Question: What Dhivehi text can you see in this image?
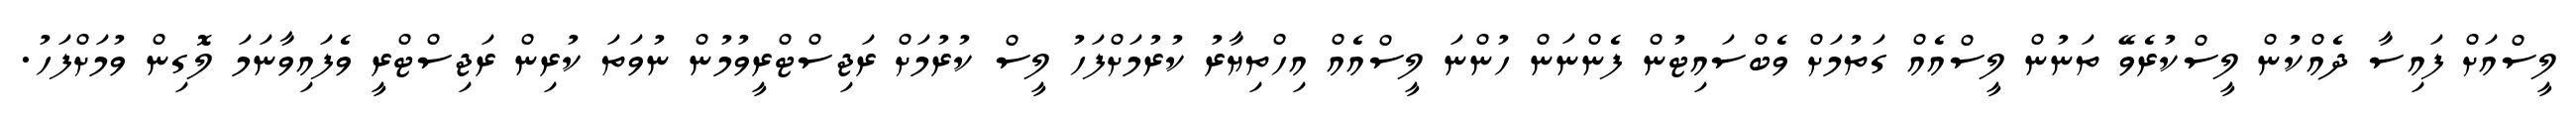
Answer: ލީސްއަށް ފައިސާ ދެއްކުން ލީސްކުރެވޭ ތަނުން ލީސްއެއް ގަތުމަށް ވެބްސައިޓުން ފެންނަން ހުންނަ ލީސްއެއް އިހްތިޔާރު ކުރުމަށްފަހު ލީސް ކުރުމަށް ރަޖިސްޓްރީވުމުން ނުވަތަ ކުރިން ރަޖިސްޓްރީ ވެފައިވާނަމަ ލޮގިން ވުމަށްފަހު.